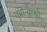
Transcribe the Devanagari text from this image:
तंबोऱ्याचा